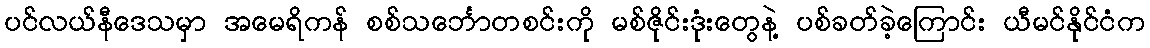
ပင်လယ်နီဒေသမှာ အမေရိကန် စစ်သင်္ဘောတစင်းကို မစ်ဇိုင်းဒုံးတွေနဲ့ ပစ်ခတ်ခဲ့ကြောင်း ယီမင်နိုင်ငံက